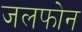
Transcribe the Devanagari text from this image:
जलफोन